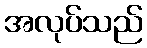
အလုပ်သည်